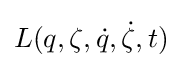
L(q,\zeta ,{\dot {q}},{\dot {\zeta }},t)